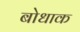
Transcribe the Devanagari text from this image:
बोधाक